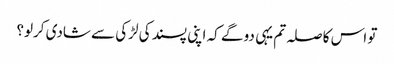
تو اس کا صلہ تم یہی دو گے کہ اپنی پسند کی لڑکی سے شادی کرلو؟